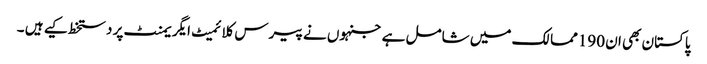
پاکستان بھی ان 190ممالک میں شامل ہے جنہوں نے پیرس کلائمیٹ ایگریمنٹ پر دستخط کیے ہیں ۔